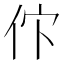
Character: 𬽸